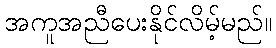
အကူအညီပေးနိုင်လိမ့်မည်။